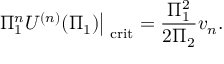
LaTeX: \left. \Pi _ { 1 } ^ { n } U ^ { ( n ) } ( \Pi _ { 1 } ) \right| _ { \mathrm { \scriptsize ~ c r i t } } = \frac { \Pi _ { 1 } ^ { 2 } } { 2 \Pi _ { 2 } } v _ { n } .